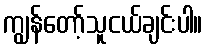
ကျွန်တော့်သူငယ်ချင်းပါ။